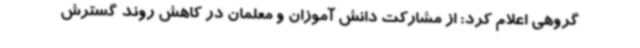
گروهی اعلام کرد: از مشارکت دانش آموزان و معلمان در کاهش روند گسترش